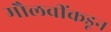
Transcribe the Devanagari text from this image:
मौलवींकडून